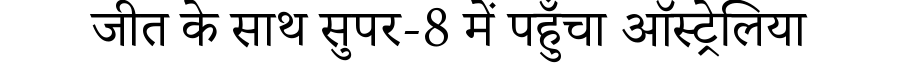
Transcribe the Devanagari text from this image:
जीत के साथ सुपर-8 में पहुँचा ऑस्ट्रेलिया